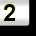
Digit: 2